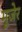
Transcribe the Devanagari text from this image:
मूजेर